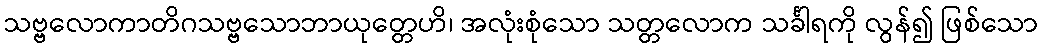
သဗ္ဗလောကာတိဂသဗ္ဗသောဘာယုတ္တေဟိ၊ အလုံးစုံသော သတ္တလောက သင်္ခါရကို လွန်၍ ဖြစ်သော